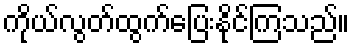
ကိုယ်လွတ်ထွက်ပြေးနိုင်ကြသည်။